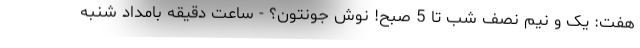
هفت: یک و نیم نصف شب تا 5 صبح! نوش جونتون؟ - ساعت دقیقه بامداد شنبه